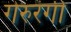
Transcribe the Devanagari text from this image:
गेरुरंगी